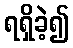
ရရှိခဲ့၍